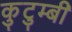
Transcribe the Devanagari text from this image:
कुटुम्बी